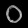
Digit: ၀